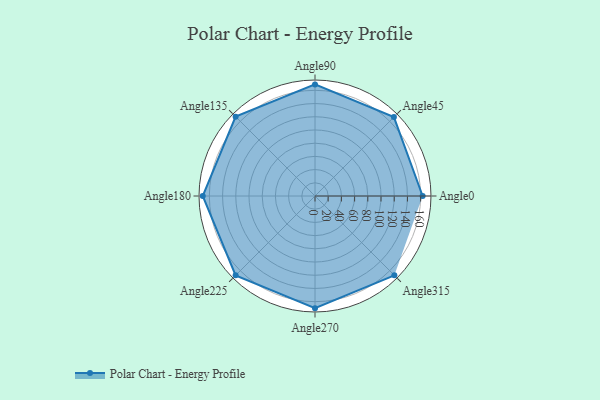
{"axis": {"x": "Angle", "y": "Radius"}, "legend": [""], "data": [{"x": "Angle0", "y": 163.0, "type": ""}, {"x": "Angle45", "y": 169.0, "type": ""}, {"x": "Angle90", "y": 169.0, "type": ""}, {"x": "Angle135", "y": 170, "type": ""}, {"x": "Angle180", "y": 170, "type": ""}, {"x": "Angle225", "y": 170, "type": ""}, {"x": "Angle270", "y": 170, "type": ""}, {"x": "Angle315", "y": 170, "type": ""}]}